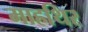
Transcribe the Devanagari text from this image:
माहथिर